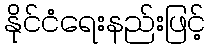
နိုင်ငံရေးနည်းဖြင့်